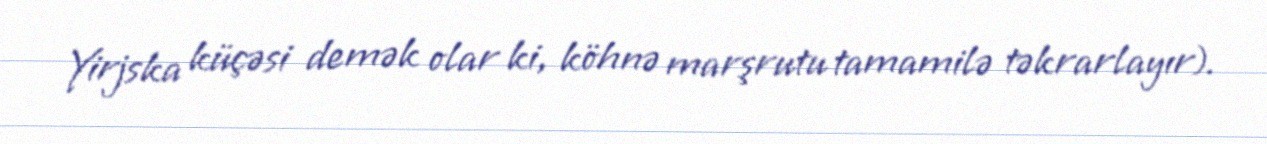
Yirjska küçəsi demək olar ki, köhnə marşrutu tamamilə təkrarlayır).